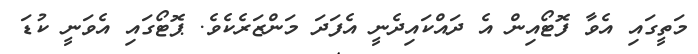
މަތީގައި އެވާ ފޮޓޯއިން އެ ދައްކައިދެނީ އެފަދަ މަންޒަރެކެވެ. ޕޮޓޯގައި އެވަނީ ކުޑަ